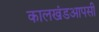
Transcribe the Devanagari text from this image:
कालखंडआपसी